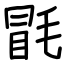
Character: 毷